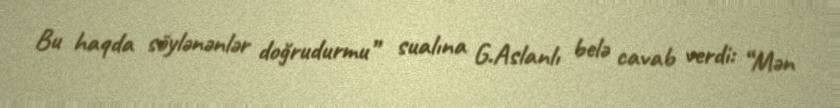
Bu haqda söylənənlər doğrudurmu” sualına G.Aslanlı belə cavab verdi: “Mən